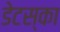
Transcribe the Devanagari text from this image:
डेटस्का